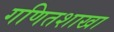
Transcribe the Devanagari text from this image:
गणितशाखा